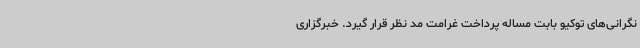
نگرانی‌های توکیو بابت مساله پرداخت غرامت مد نظر قرار گیرد. خبرگزاری